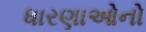
ધારણાઓનો